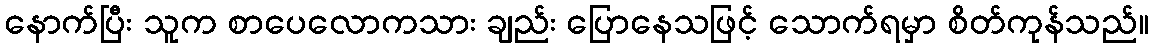
နောက်ပြီး သူက စာပေလောကသား ချည်း ပြောနေသဖြင့် သောက်ရမှာ စိတ်ကုန်သည်။